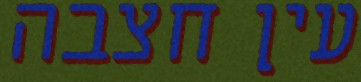
עין חצבה